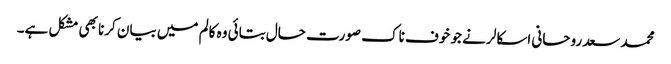
محمد سعد روحانی اسکالر نے جو خوف ناک صورت حال بتائی وہ کالم میں بیان کرنا بھی مشکل ہے۔